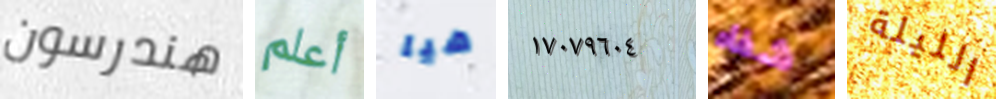
هندرسون أعلم هيا ١٧٠٧٩٦٠٤ شفاه الليلة